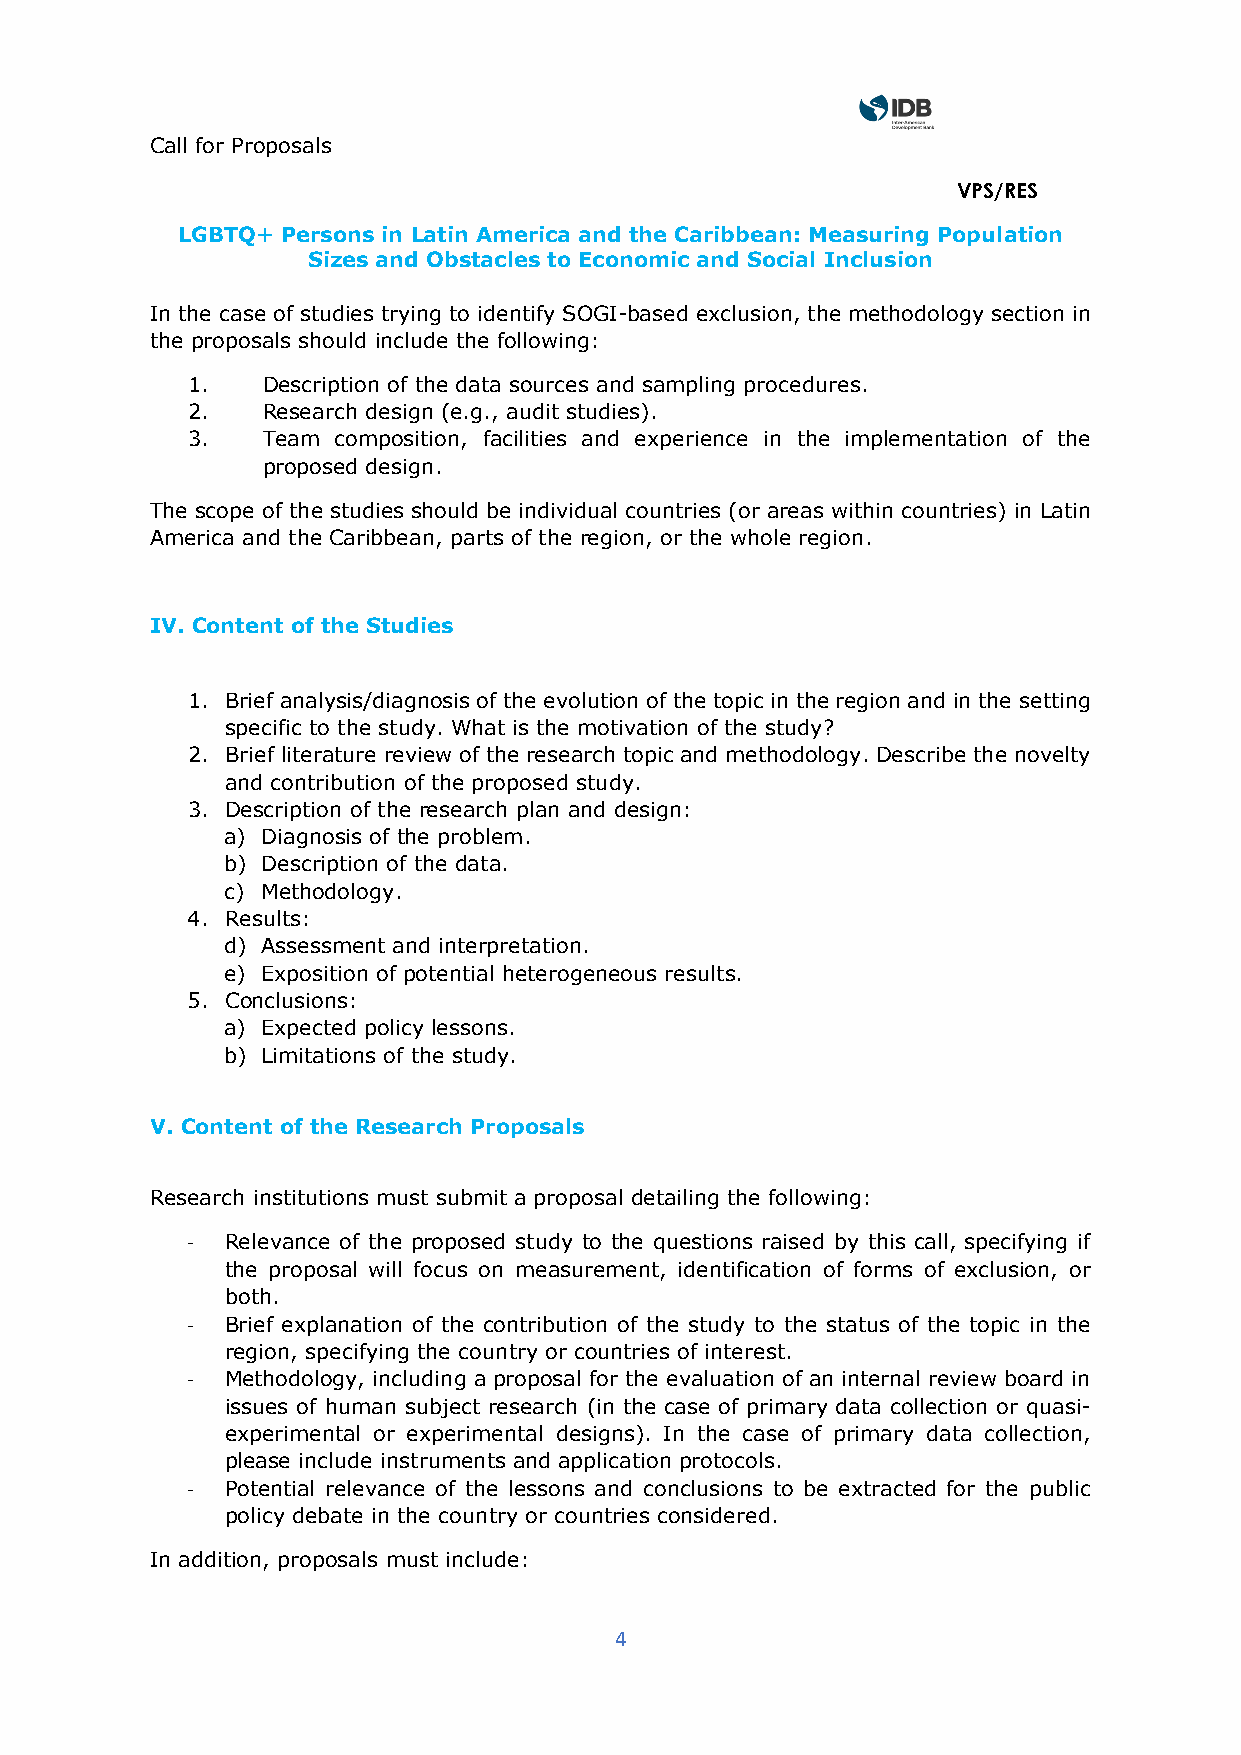
Call for Proposals
 VPS/RES
 LGBTQ+ Persons in Latin America and the Caribbean: Measuring Population
 Sizes and Obstacles to Economic and Social Inclusion
 In the case of studies trying to identify SOGI-based exclusion, the methodology section in
 the proposals should include the following:
 1.   Description of the data sources and sampling procedures.
 2.   Research design (e.g., audit studies).
 3.   Team composition, facilities and experience in the implementation of the
 proposed design.
 The scope of the studies should be individual countries (or areas within countries) in Latin
 America and the Caribbean, parts of the region, or the whole region.
 IV. Content of the Studies
 1. Brief analysis/diagnosis of the evolution of the topic in the region and in the setting
 specific to the study. What is the motivation of the study?
 2. Brief literature review of the research topic and methodology. Describe the novelty
 and contribution of the proposed study.
 3. Description of the research plan and design:
 a) Diagnosis of the problem.
 b) Description of the data.
 c) Methodology.
 4. Results:
 d) Assessment and interpretation.
 e) Exposition of potential heterogeneous results.
 5. Conclusions:
 a) Expected policy lessons.
 b) Limitations of the study.
 V. Content of the Research Proposals
 Research institutions must submit a proposal detailing the following:
 -  Relevance of the proposed study to the questions raised by this call, specifying if
 the proposal will focus on measurement, identification of forms of exclusion, or
 both.
 -  Brief explanation of the contribution of the study to the status of the topic in the
 region, specifying the country or countries of interest.
 -  Methodology, including a proposal for the evaluation of an internal review board in
 issues of human subject research (in the case of primary data collection or quasi-
 experimental or experimental designs). In the case of primary data collection,
 please include instruments and application protocols.
 -  Potential relevance of the lessons and conclusions to be extracted for the public
 policy debate in the country or countries considered.
 In addition, proposals must include:
 4